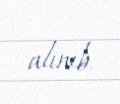
alınıb.